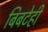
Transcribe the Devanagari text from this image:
बिबटेही